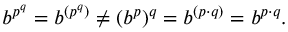
b ^ { p ^ { q } } = b ^ { ( p ^ { q } ) } \neq ( b ^ { p } ) ^ { q } = b ^ { ( p \cdot q ) } = b ^ { p \cdot q } .